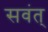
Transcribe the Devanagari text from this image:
सवंत्